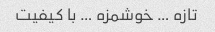
تازه … خوشمزه … با کیفیت